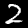
Label: 2